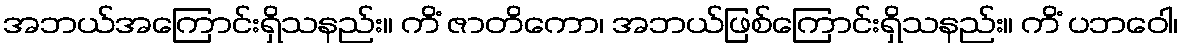
အဘယ်အကြောင်းရှိသနည်း။ ကိံ ဇာတိကော၊ အဘယ်ဖြစ်ကြောင်းရှိသနည်း။ ကိံ ပဘဝေါ၊